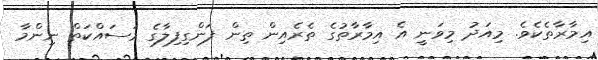
އިމާރާތެކެވެ. މިއަދު މިވަނީ އެ އިމާރާތުގެ ތެރެއިން ތިން ފަންގިފިލާގެ މަސައްކަތް ނިންމާ